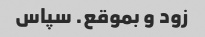
زود و بموقع. سپاس